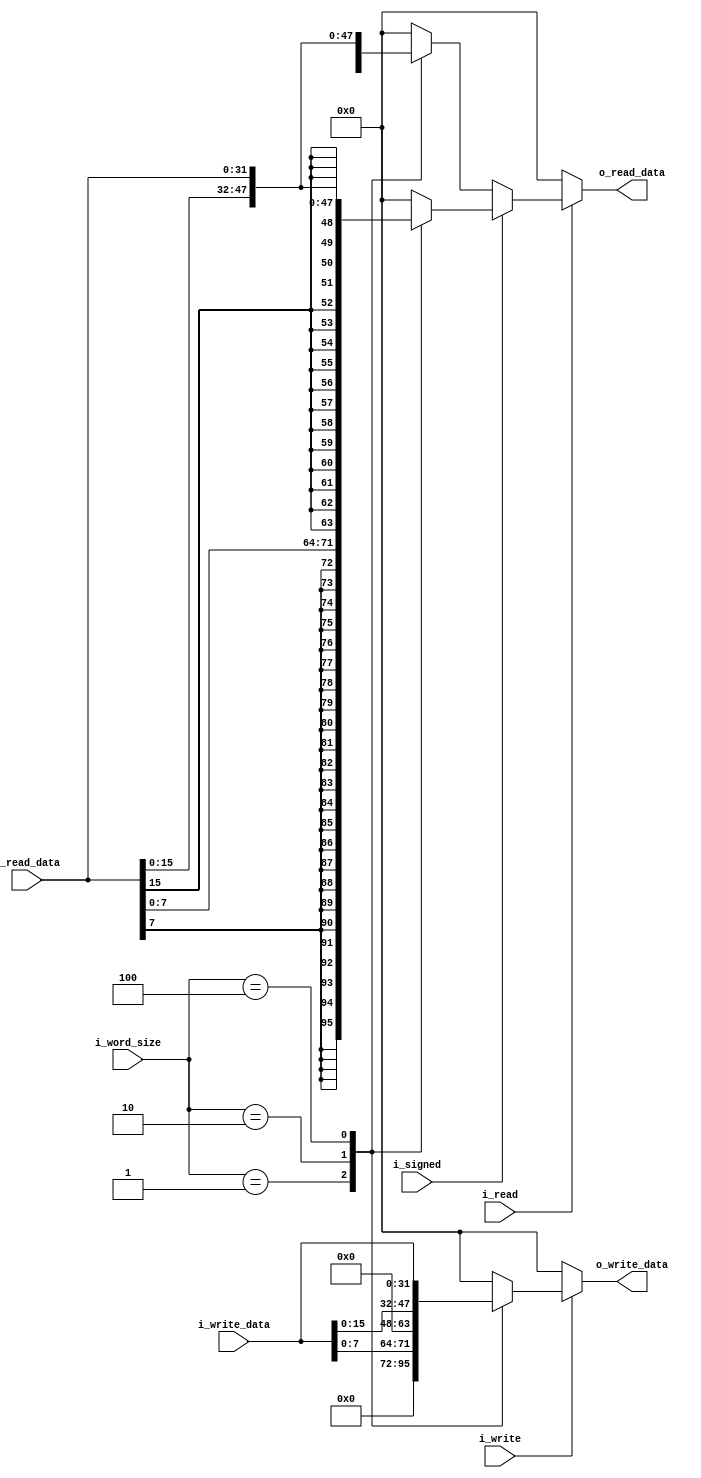
`timescale 1ns / 1ps
//////////////////////////////////////////////////////////////////////////////////
// Company: 
// Engineer: 
// 
// Create Date: 
// Design Name: 
// Module Name: memory_controler
// Project Name: 
// Target Devices: 
// Tool Versions: 
// Description: 
// 
// Dependencies: 
// 
// Revision:
// Revision 0.01 - File Created
// Additional Comments:
// 
//////////////////////////////////////////////////////////////////////////////////

`define BYTE_WORD 3'b001
`define HALF_WORD 3'b010
`define COMPLETE_WORD 3'b100
 

module memory_controller#(
    parameter DATA_WIDTH = 32,
    parameter TYPE_WIDTH = 3
) 
(   
    input i_signed,
    input i_write,
    input i_read,
    input [TYPE_WIDTH-1:0] i_word_size,
    input [DATA_WIDTH-1:0] i_write_data,
    input [DATA_WIDTH-1:0] i_read_data,
    output reg [DATA_WIDTH-1:0] o_write_data,
    output reg [DATA_WIDTH-1:0] o_read_data
);

    //reg [DATA_WIDTH-1:0]   write_data;

	always@(*) begin
        // Lectura
        // El especio de memoria es de 32 bits, si me llega algo de menor tamanio, tengo que alargarlo
        if(i_read)begin 
            // Signo?
            if(i_signed)begin  
            // Con signo me tengo que hacer que el bit mas significativo se mantenga siendolo          
                case(i_word_size)
                    `BYTE_WORD:
                        o_read_data = {{24{i_read_data[7]}}, i_read_data[7:0]};
                    `HALF_WORD:
                        o_read_data = {{16{i_read_data[15]}}, i_read_data[15:0]};
                    `COMPLETE_WORD:
                        o_read_data = i_read_data;
                    default:
                        o_read_data = 32'b0;
                endcase
            end
            else begin
                case(i_word_size)
                    `BYTE_WORD:
                        o_read_data = {{24'b0}, i_read_data[7:0]};
                    `HALF_WORD:
                        o_read_data = {{16'b0}, i_read_data[15:0]};
                    `COMPLETE_WORD:
                        o_read_data = i_read_data;
                    default:
                        o_read_data = 32'b0;
                endcase
            end
        end
        else
            o_read_data = 32'b0;
        
        // Escritura
        if(i_write)begin
            case(i_word_size)
                `BYTE_WORD:
                    o_write_data = i_write_data[7:0];
                `HALF_WORD:
                    o_write_data = i_write_data[15:0];
                `COMPLETE_WORD:
                    o_write_data = i_write_data;
                default:
                    o_write_data = 32'b0;
            endcase
        end
        else
            o_write_data = 32'b0;
	end

endmodule